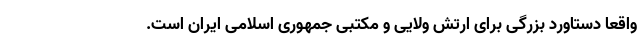
واقعاً دستاورد بزرگی برای ارتش ولایی و مکتبی جمهوری اسلامی ایران است.